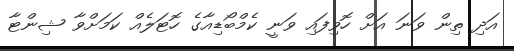
އަދި ތިން ވަނަ އަށް ހޮވިފައި ވަނީ ކެމްބޯޑިއާގެ ހޮޓަލެއް ކަމަށްވާ ޝިންޓާ